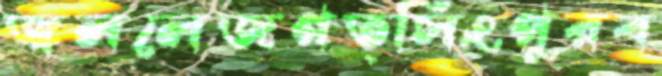
জ্বললেজগত্সিংপুরব